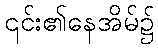
၎င်း၏နေအိမ်၌